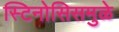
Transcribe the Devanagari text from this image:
स्टिनोसिसमुळे